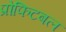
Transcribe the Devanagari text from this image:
प्रोफिटबल